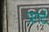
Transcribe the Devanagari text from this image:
प्रगटें